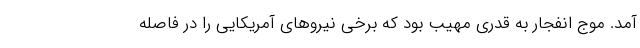
آمد. موج انفجار به قدری مهیب بود که برخی نیروهای آمریکایی را در فاصله